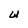
Character: W